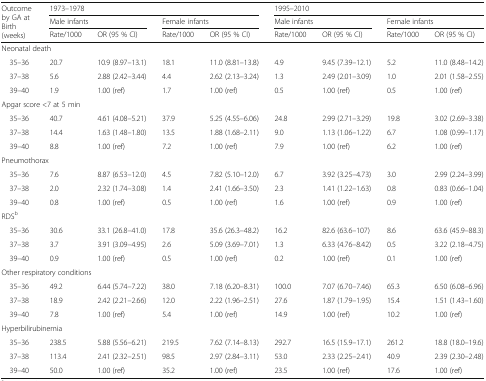
<table><thead><tr><td rowspan="3"><b>Outcome by GA at Birth (weeks)</b></td><td colspan="4"><b>1973–1978</b></td><td colspan="4"><b>1995–2010</b></td></tr><tr><td colspan="2"><b>Male infants</b></td><td colspan="2"><b>Female infants</b></td><td colspan="2"><b>Male infants</b></td><td colspan="2"><b>Female infants</b></td></tr><tr><td><b>Rate/1000</b></td><td><b>OR (95 % CI)</b></td><td><b>Rate/1000</b></td><td><b>OR (95 % CI)</b></td><td><b>Rate/1000</b></td><td><b>OR (95 % CI)</b></td><td><b>Rate/1000</b></td><td><b>OR (95 % CI)</b></td></tr></thead><tbody><tr><td colspan="9">Neonatal death</td></tr><tr><td> 35–36</td><td>20.7</td><td>10.9 (8.97–13.1)</td><td>18.1</td><td>11.0 (8.81–13.8)</td><td>4.9</td><td>9.45 (7.39–12.1)</td><td>5.2</td><td>11.0 (8.48–14.2)</td></tr><tr><td> 37–38</td><td>5.6</td><td>2.88 (2.42–3.44)</td><td>4.4</td><td>2.62 (2.13–3.24)</td><td>1.3</td><td>2.49 (2.01–3.09)</td><td>1.0</td><td>2.01 (1.58–2.55)</td></tr><tr><td> 39–40</td><td>1.9</td><td>1.00 (ref)</td><td>1.7</td><td>1.00 (ref)</td><td>0.5</td><td>1.00 (ref)</td><td>0.5</td><td>1.00 (ref)</td></tr><tr><td colspan="9">Apgar score &lt;7 at 5 min</td></tr><tr><td> 35–36</td><td>40.7</td><td>4.61 (4.08–5.21)</td><td>37.9</td><td>5.25 (4.55–6.06)</td><td>24.8</td><td>2.99 (2.71–3.29)</td><td>19.8</td><td>3.02 (2.69–3.38)</td></tr><tr><td> 37–38</td><td>14.4</td><td>1.63 (1.48–1.80)</td><td>13.5</td><td>1.88 (1.68–2.11)</td><td>9.0</td><td>1.13 (1.06–1.22)</td><td>6.7</td><td>1.08 (0.99–1.17)</td></tr><tr><td> 39–40</td><td>8.8</td><td>1.00 (ref)</td><td>7.2</td><td>1.00 (ref)</td><td>7.9</td><td>1.00 (ref)</td><td>6.2</td><td>1.00 (ref)</td></tr><tr><td colspan="9">Pneumothorax</td></tr><tr><td> 35–36</td><td>7.6</td><td>8.87 (6.53–12.0)</td><td>4.5</td><td>7.82 (5.10–12.0)</td><td>6.7</td><td>3.92 (3.25–4.73)</td><td>3.0</td><td>2.99 (2.24–3.99)</td></tr><tr><td> 37–38</td><td>2.0</td><td>2.32 (1.74–3.08)</td><td>1.4</td><td>2.41 (1.66–3.50)</td><td>2.3</td><td>1.41 (1.22–1.63)</td><td>0.8</td><td>0.83 (0.66–1.04)</td></tr><tr><td> 39–40</td><td>0.8</td><td>1.00 (ref)</td><td>0.5</td><td>1.00 (ref)</td><td>1.6</td><td>1.00 (ref)</td><td>0.9</td><td>1.00 (ref)</td></tr><tr><td colspan="9">RDS<sup>b</sup></td></tr><tr><td> 35–36</td><td>30.6</td><td>33.1 (26.8–41.0)</td><td>17.8</td><td>35.6 (26.3–48.2)</td><td>16.2</td><td>82.6 (63.6–107)</td><td>8.6</td><td>63.6 (45.9–88.3)</td></tr><tr><td> 37–38</td><td>3.7</td><td>3.91 (3.09–4.95)</td><td>2.6</td><td>5.09 (3.69–7.01)</td><td>1.3</td><td>6.33 (4.76–8.42)</td><td>0.5</td><td>3.22 (2.18–4.75)</td></tr><tr><td> 39–40</td><td>0.9</td><td>1.00 (ref)</td><td>0.5</td><td>1.00 (ref)</td><td>0.2</td><td>1.00 (ref)</td><td>0.1</td><td>1.00 (ref)</td></tr><tr><td colspan="9">Other respiratory conditions</td></tr><tr><td> 35–36</td><td>49.2</td><td>6.44 (5.74–7.22)</td><td>38.0</td><td>7.18 (6.20–8.31)</td><td>100.0</td><td>7.07 (6.70–7.46)</td><td>65.3</td><td>6.50 (6.08–6.96)</td></tr><tr><td> 37–38</td><td>18.9</td><td>2.42 (2.21–2.66)</td><td>12.0</td><td>2.22 (1.96–2.51)</td><td>27.6</td><td>1.87 (1.79–1.95)</td><td>15.4</td><td>1.51 (1.43–1.60)</td></tr><tr><td> 39–40</td><td>7.8</td><td>1.00 (ref)</td><td>5.4</td><td>1.00 (ref)</td><td>14.9</td><td>1.00 (ref)</td><td>10.2</td><td>1.00 (ref)</td></tr><tr><td colspan="9">Hyperbilirubinemia</td></tr><tr><td> 35–36</td><td>238.5</td><td>5.88 (5.56–6.21)</td><td>219.5</td><td>7.62 (7.14–8.13)</td><td>292.7</td><td>16.5 (15.9–17.1)</td><td>261.2</td><td>18.8 (18.0–19.6)</td></tr><tr><td> 37–38</td><td>113.4</td><td>2.41 (2.32–2.51)</td><td>98.5</td><td>2.97 (2.84–3.11)</td><td>53.0</td><td>2.33 (2.25–2.41)</td><td>40.9</td><td>2.39 (2.30–2.48)</td></tr><tr><td> 39–40</td><td>50.0</td><td>1.00 (ref)</td><td>35.2</td><td>1.00 (ref)</td><td>23.5</td><td>1.00 (ref)</td><td>17.6</td><td>1.00 (ref)</td></tr></tbody></table>